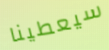
سيعطينا